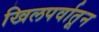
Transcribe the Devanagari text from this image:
खिलपर्वातून